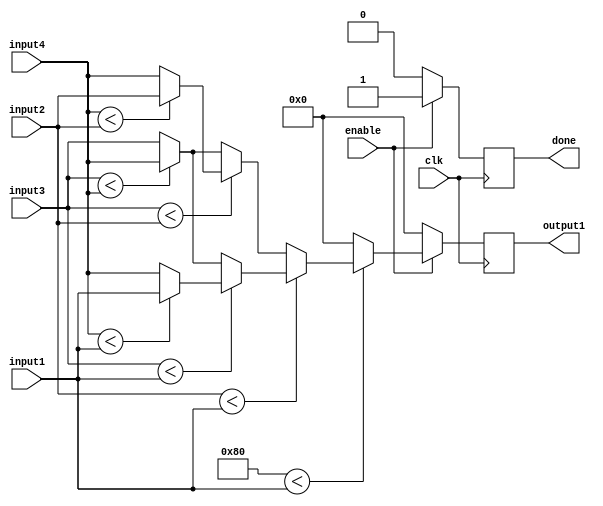
`timescale 1ns / 1ps
//////////////////////////////////////////////////////////////////////////////////
// Company: 
// Engineer: 
// 
// Design Name: 
// Module Name: maxPooling
// Project Name: 
// Target Devices: 
// Tool Versions: 
// Description: 
// 
// Dependencies: 
// 
// Revision:
// Revision 0.01 - File Created
// Additional Comments:
// 
//////////////////////////////////////////////////////////////////////////////////


module maxPooling(
    input clk,
    input enable,
    input [3:0] input1,
    input [3:0] input2,
    input [3:0] input3,
    input [3:0] input4,
    output reg signed [3:0] output1,
    output reg done        
    );
    reg [7:0] initialMax = 8'b10000000;
    always @ (posedge clk) begin
        $display("--------------------------");
        $display("Input1: %d\n", input1);
        $display("Input2: %d\n", input2);
        $display("Input3: %d\n", input3);
        $display("Input4: %d\n", input4);
        if(enable) begin
            if($signed(initialMax) < $signed(input1)) begin
                if($signed(input2) < $signed(input1)) begin
                    if($signed(input3) < $signed(input1)) begin
                        if($signed(input4) < $signed(input1)) begin
                            output1 <= input1;
                            done <= 1;
                        end
                        else begin
                            output1 <= input4;
                            done <= 1;
                        end
                    end
                    else begin
                        if($signed(input3) < $signed(input4)) begin
                            output1 <= input4;
                            done <= 1;
                        end
                        else begin
                            output1 <= input3;
                            done <= 1;
                        end
                    end
                end
                else begin
                    if($signed(input3) < $signed(input2)) begin
                        if($signed(input4) < $signed(input2)) begin
                            output1 <= input2;
                            done <= 1;
                        end
                        else begin
                            output1 <= input4;
                            done <= 1;
                        end
                    end
                    else begin
                        if($signed(input3) < $signed(input4)) begin
                            output1 <= input4;
                            done <= 1;
                        end
                        else begin
                            output1 <= input3;
                            done <= 1;
                        end
                    end
                end
            end
            else begin
                output1 <= initialMax;
                done <= 1;
            end
        end
        else begin
            output1 <= 0;
            done <= 0;
        end
//        $display("output: %d\n", output1);
    end
endmodule